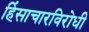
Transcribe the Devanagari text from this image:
हिंसाचारविरोधी